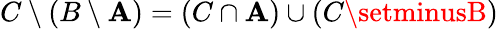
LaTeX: C\setminus(B\setminus\mathbf{A})=(C\cap\mathbf{A})\cup(C\setminusB)